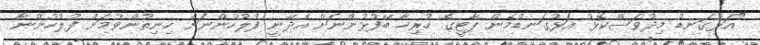
"އަޅުގަނޑު މިދުވަސްކޮޅު އަޅުގަނޑުމެން ޕާޓީގެ ހުރިހާ ބޭފުޅުންނަށް އެދޭނީ ފުލުހުންނަށް ހިނިތުންވުމަށް ފުލުހުންނާ